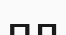
пл